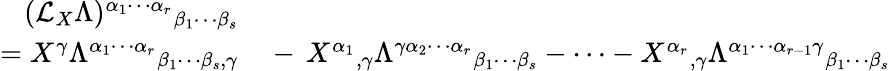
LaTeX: \begin{array}{rl}{({\mathcal{L}}_{X}\Lambda)^{\alpha_{1}\cdots\alpha_{r}}{}_{\beta_{1}\cdots\beta_{s}}}&{{}}\\ {=X^{\gamma}\Lambda^{\alpha_{1}\cdots\alpha_{r}}{}_{\beta_{1}\cdots\beta_{s},\gamma}}&{{}-\, X^{\alpha_{1}}{}_{,\gamma}\Lambda^{\gamma\alpha_{2}\cdots\alpha_{r}}{}_{\beta_{1}\cdots\beta_{s}}-\cdots-X^{\alpha_{r}}{}_{,\gamma}\Lambda^{\alpha_{1}\cdots\alpha_{r-1}\gamma}{}_{\beta_{1}\cdots\beta_{s}}}\end{array}